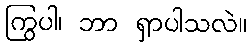
ကြွပါ၊ ဘာ ရှာပါသလဲ။